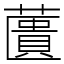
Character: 䕚